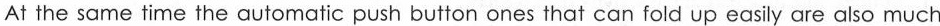
At the same time the automatic push button ones that can fold up easily are also much